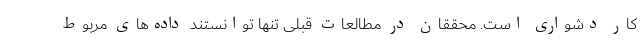
کار دشواری است. محققان در مطالعات قبلی تنها توانستند داده‌های مربوط